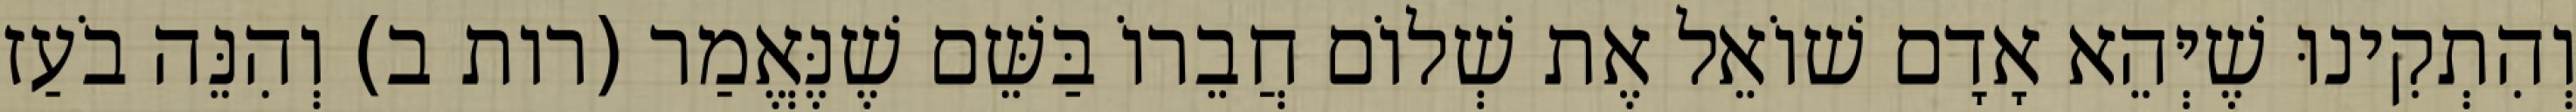
וְהִתְקִינוּ שֶׁיְּהֵא אָדָם שׁוֹאֵל אֶת שְׁלוֹם חֲבֵרוֹ בַּשֵּׁם שֶׁנֶּאֱמַר (רות ב) וְהִנֵּה בֹעַז